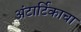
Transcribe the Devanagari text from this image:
अंटार्टिकाचा